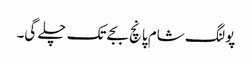
پولنگ شام پانچ بجے تک چلے گی۔